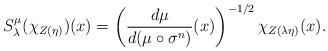
LaTeX: \begin{align*} S_\lambda^\mu(\chi_{Z(\eta)})(x) = \left(\frac{d\mu}{d(\mu \circ \sigma^n)}(x) \right)^{-1/2} \chi_{Z(\lambda \eta)}(x).\end{align*}